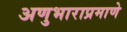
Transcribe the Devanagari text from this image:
अणुभाराप्रमाणे